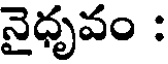
నైధృవం :